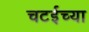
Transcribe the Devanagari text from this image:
चटईच्या